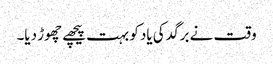
وقت نے برگد کی یاد کو بہت پیچھے چھوڑ دیا۔